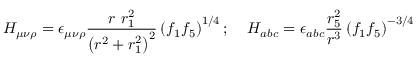
H _ { \mu \nu \rho } = \epsilon _ { \mu \nu \rho } \frac { r ~ r _ { 1 } ^ { 2 } } { \left( r ^ { 2 } + r _ { 1 } ^ { 2 } \right) ^ { 2 } } \left( f _ { 1 } f _ { 5 } \right) ^ { 1 / 4 } ; \; \; \; \; H _ { a b c } = \epsilon _ { a b c } \frac { r _ { 5 } ^ { 2 } } { r ^ { 3 } } \left( f _ { 1 } f _ { 5 } \right) ^ { - 3 / 4 }